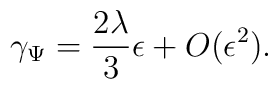
\gamma_{\Psi} =\frac{2\lambda}{3} \epsilon + O(\epsilon^2).